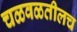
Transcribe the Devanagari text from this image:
चळवळतीलच